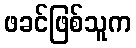
ဖခင်ဖြစ်သူက